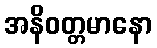
အနိဝတ္တမာနော